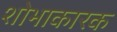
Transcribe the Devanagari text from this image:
शोभाकारक